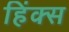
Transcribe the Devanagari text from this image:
हिंक्स